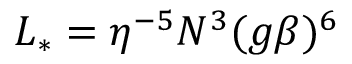
L _ { * } = \eta ^ { - 5 } N ^ { 3 } ( g \beta ) ^ { 6 }